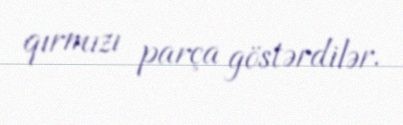
qırmızı parça göstərdilər.